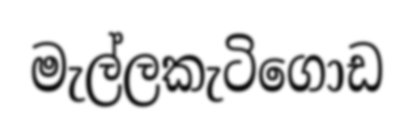
මැල්ලකැටිගොඩ